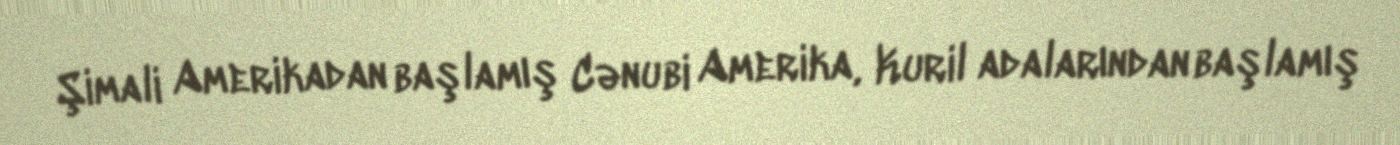
Şimali Amerikadan başlamış Cənubi Amerika, Kuril adalarından başlamış